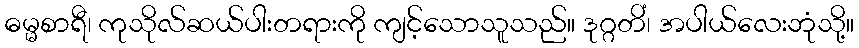
ဓမ္မစာရီ၊ ကုသိုလ်ဆယ်ပါးတရားကို ကျင့်သောသူသည်။ ဒုဂ္ဂတိံ၊ အပါယ်လေးဘုံသို့။